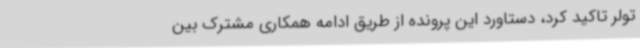
تولر تاکید کرد، دستاورد این پرونده از طریق ادامه همکاری مشترک بین